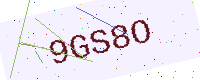
Text: 9GS8O